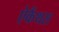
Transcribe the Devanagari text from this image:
ऐकैंथस